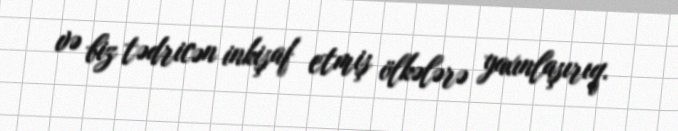
və biz tədricən inkişaf etmiş ölkələrə yaxınlaşırıq.